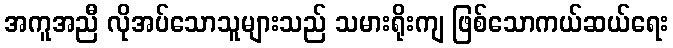
အကူအညီ လိုအပ်သောသူများသည် သမားရိုးကျ ဖြစ်သောကယ်ဆယ်ရေး